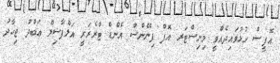
އޮފީސް ހުޅުވައިދެއްވީ މިނިސްޓަރ އޮފް ފިނޭންސް އެންޑް ޓްރެޜަރީ އަލްފާޟިލް ޢަބްދު ޖިހާދު